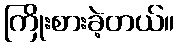
ကြိုးစားခဲ့တယ်။